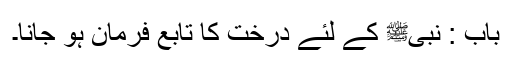
باب : نبیﷺ کے لئے درخت کا تابع فرمان ہو جانا۔